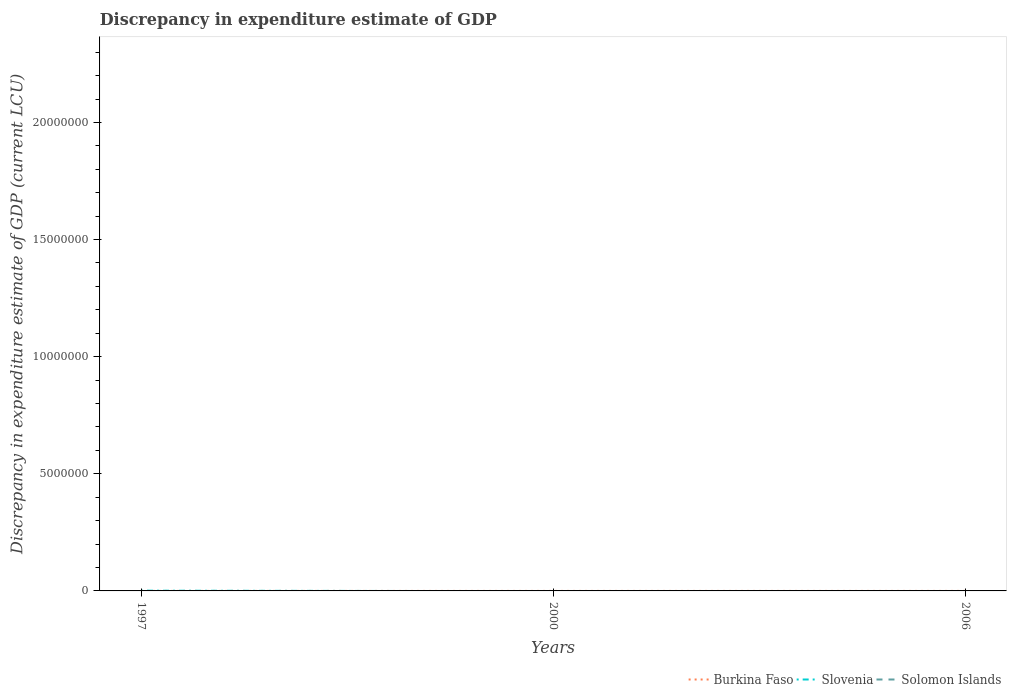
| Years | Burkina Faso | Slovenia | Solomon Islands |
 | --- | --- | --- | --- |
 | 1997 | 6e-05 | 1e+04 | -3.56e+08 |
 | 2000 | 3e-05 | -1e+04 | -4.73e+08 |
 | 2006 | -0.0002 | -1e+04 | -2.47e+08 |